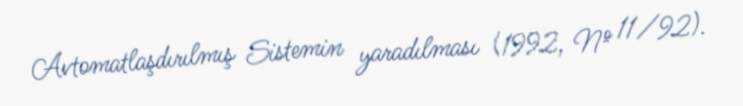
Avtomatlaşdırılmış Sistemin yaradılması (1992, № 11/92).